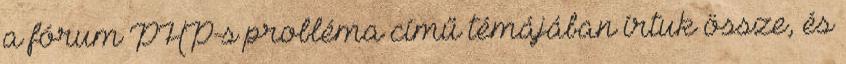
a fórum PHP-s probléma című témájában írtuk össze, és